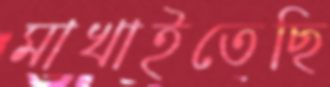
মাখাইতেছি